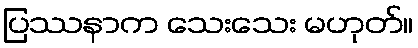
ပြဿနာက သေးသေး မဟုတ်။